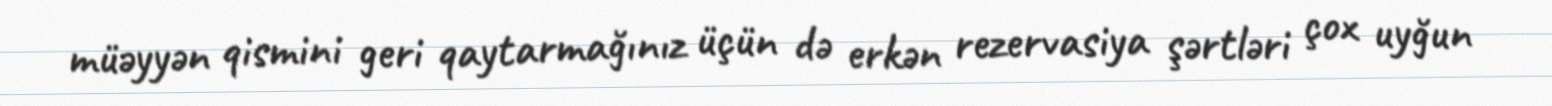
müəyyən qismini geri qaytarmağınız üçün də erkən rezervasiya şərtləri çox uyğun